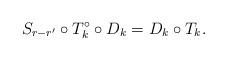
LaTeX: \begin{align*}S_{r-r'}\circ T^\circ_k\circ D_k=D_k\circ T_k.\end{align*}